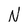
Character: N